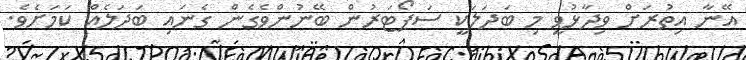
އޭނާ އިތުރަށް ވިދާޅުވީ މި ބަދަލަކީ ސަޕޯޓަރުން ބޭނުންވެގެން ގެނައި ބަދަލެއް ކަމަށެވެ.